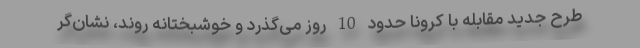
طرح جدید مقابله با کرونا حدود 10 روز می‌گذرد و خوشبختانه روند، نشان‌گر